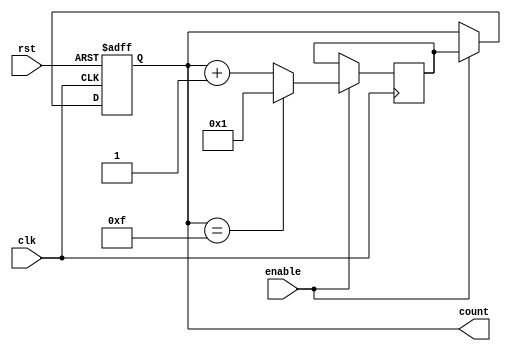
module ring_counter(
    input wire clk,
    input wire rst,
    input wire enable,
    output reg [3:0] count
);

reg [3:0] next_count;

always @(posedge clk or posedge rst) begin
    if (rst) begin
        count <= 4'b0000;
    end else if (enable) begin
        count <= next_count;
    end
end

always @(posedge clk) begin
    if (enable) begin
        next_count <= (count == 4'b1111) ? 4'b0001 : count + 1;
    end
end

endmodule